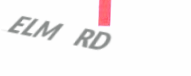
ELM RD